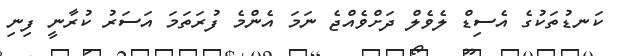
ކަނޑުތަކުގެ އެސިޑް ލެވެލް ދަށްވެއްޖެ ނަމަ އެންމެ ފުރަތަމަ އަސަރު ކުރާނީ ފިނި